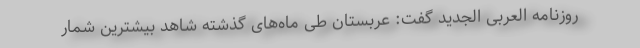
روزنامه العربی الجدید گفت: عربستان طی ماه‌های گذشته شاهد بیشترین شمار